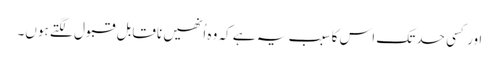
اور کسی حد تک اس کا سبب یہ ہے کہ وہ اُنھیں ناقابل قبول لگتے ہوں۔